Scottish Certificate of Education, 1963
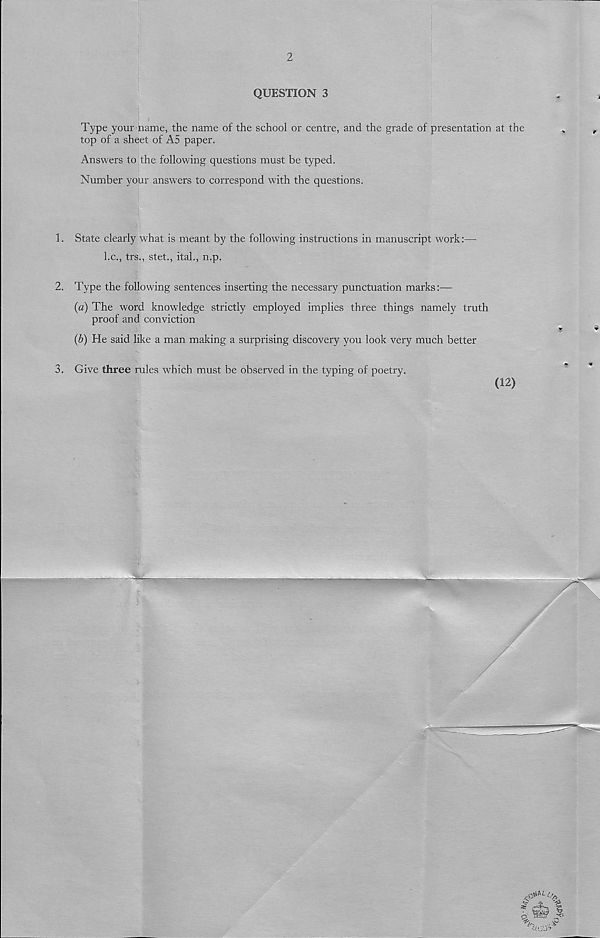
2
QUESTION 3
Type your name, the name of the school or centre, and the grade of presentation at the
top of a sheet of A5 paper.
Answers to the following questions must be typed.
Number your answers to correspond with the questions.
1. State clearly what is meant by the following instructions in manuscript work:—
l.c., trs., stet., ital., n.p.
2. Type the following sentences inserting the necessary punctuation marks:—
(a) The word knowledge strictly employed implies three things namely truth
proof and conviction
(b) He said like a man making a surprising discovery you look very much better
3. Give three rules which must be observed in the typing of poetry.
(12)
S,
•uuO?